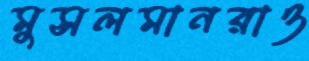
মুসলমানরাও